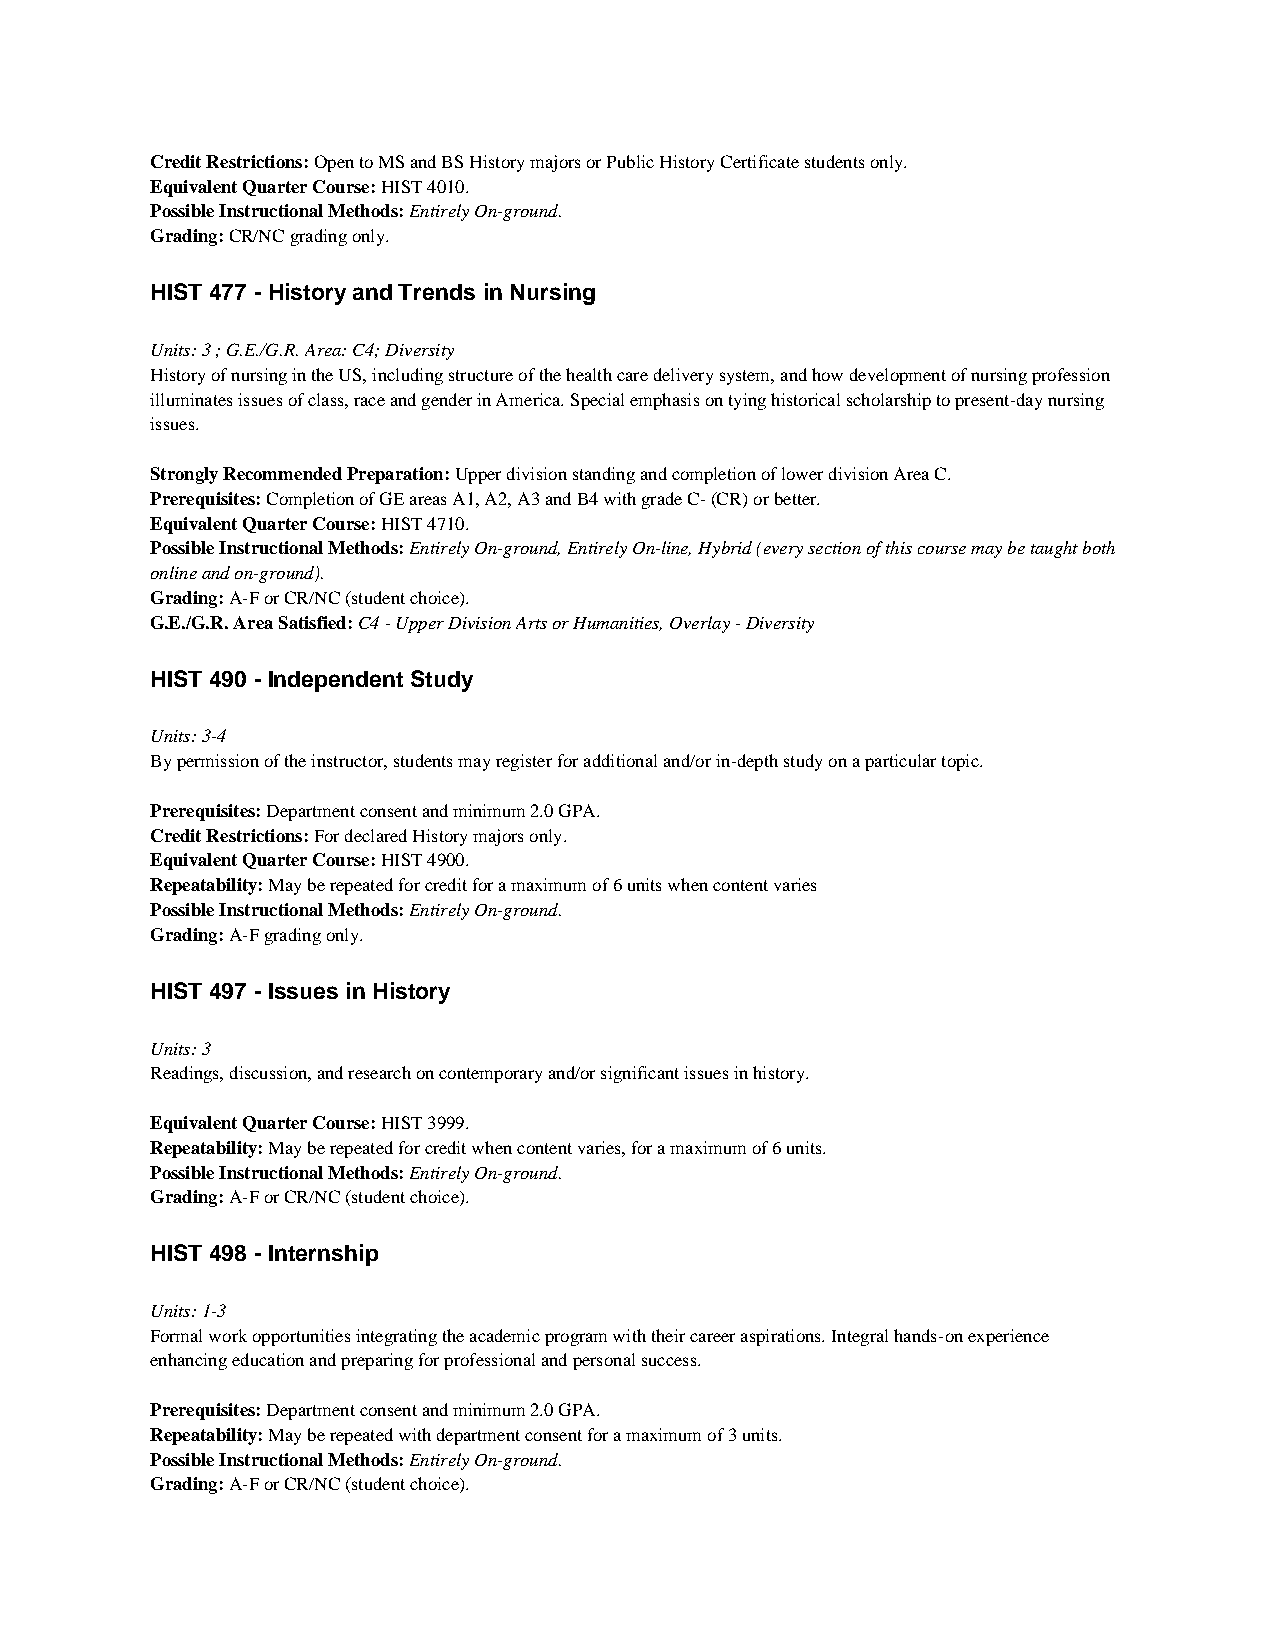
Credit Restrictions: Open to MS and BS History majors or Public History Certificate students only.
 Equivalent Quarter Course: HIST 4010.
 Possible Instructional Methods: Entirely On-ground.
 Grading: CR/NC grading only.
 HIST 477 - History and Trends in Nursing
 Units: 3 ; G.E./G.R. Area: C4; Diversity
 History of nursing in the US, including structure of the health care delivery system, and how development of nursing profession
 illuminates issues of class, race and gender in America. Special emphasis on tying historical scholarship to present-day nursing
 issues.
 Strongly Recommended Preparation: Upper division standing and completion of lower division Area C.
 Prerequisites: Completion of GE areas A1, A2, A3 and B4 with grade C- (CR) or better.
 Equivalent Quarter Course: HIST 4710.
 Possible Instructional Methods: Entirely On-ground, Entirely On-line, Hybrid (every section of this course may be taught both
 online and on-ground).
 Grading: A-F or CR/NC (student choice).
 G.E./G.R. Area Satisfied: C4 - Upper Division Arts or Humanities, Overlay - Diversity
 HIST 490 - Independent Study
 Units: 3-4
 By permission of the instructor, students may register for additional and/or in-depth study on a particular topic.
 Prerequisites: Department consent and minimum 2.0 GPA.
 Credit Restrictions: For declared History majors only.
 Equivalent Quarter Course: HIST 4900.
 Repeatability: May be repeated for credit for a maximum of 6 units when content varies
 Possible Instructional Methods: Entirely On-ground.
 Grading: A-F grading only.
 HIST 497 - Issues in History
 Units: 3
 Readings, discussion, and research on contemporary and/or significant issues in history.
 Equivalent Quarter Course: HIST 3999.
 Repeatability: May be repeated for credit when content varies, for a maximum of 6 units.
 Possible Instructional Methods: Entirely On-ground.
 Grading: A-F or CR/NC (student choice).
 HIST 498 - Internship
 Units: 1-3
 Formal work opportunities integrating the academic program with their career aspirations. Integral hands-on experience
 enhancing education and preparing for professional and personal success.
 Prerequisites: Department consent and minimum 2.0 GPA.
 Repeatability: May be repeated with department consent for a maximum of 3 units.
 Possible Instructional Methods: Entirely On-ground.
 Grading: A-F or CR/NC (student choice).